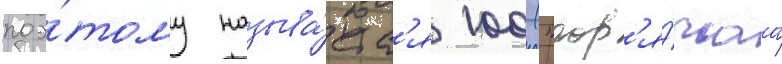
поэ́тому называ́етс'я 100 ("гор'я́чаа